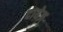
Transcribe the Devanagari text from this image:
दायेज़